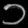
Digit: ၁